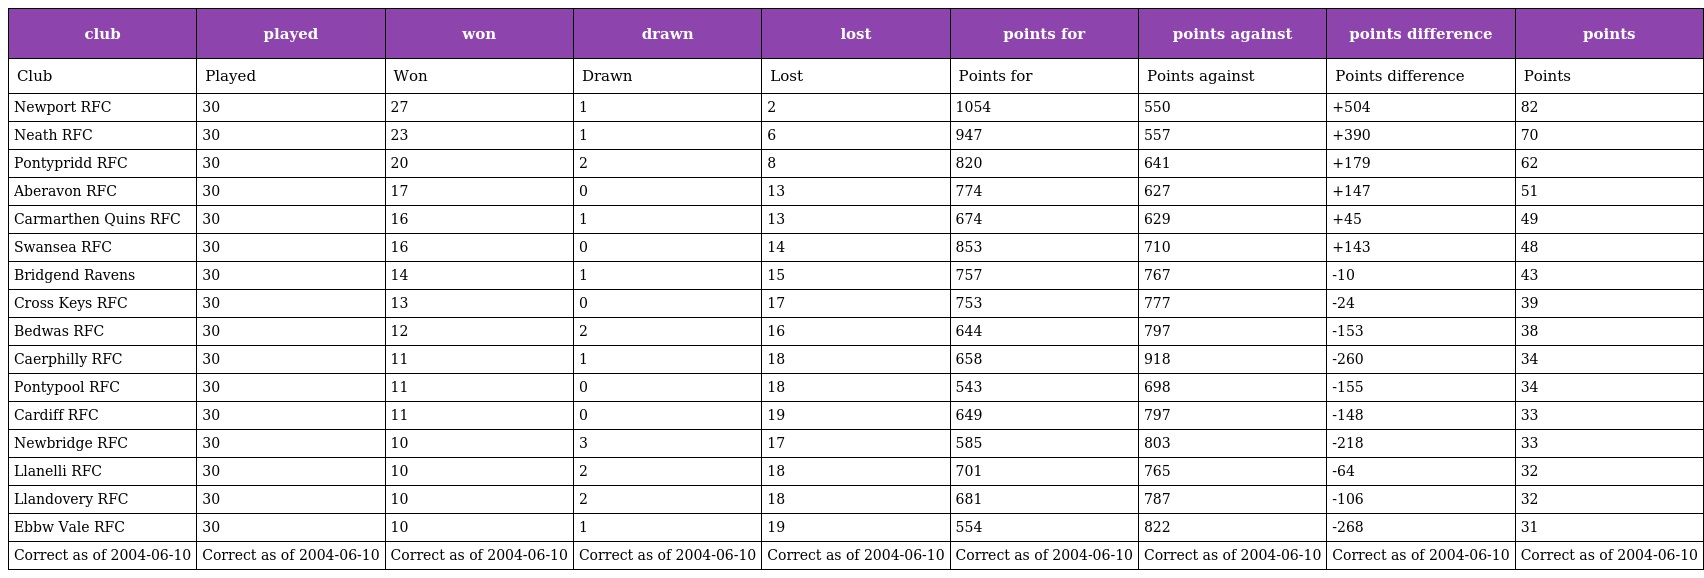
| club | played | won | drawn | lost | points for | points against | points difference | points |
 | --- | --- | --- | --- | --- | --- | --- | --- | --- |
 | Club | Played | Won | Drawn | Lost | Points for | Points against | Points difference | Points |
 | Newport RFC | 30 | 27 | 1 | 2 | 1054 | 550 | +504 | 82 |
 | Neath RFC | 30 | 23 | 1 | 6 | 947 | 557 | +390 | 70 |
 | Pontypridd RFC | 30 | 20 | 2 | 8 | 820 | 641 | +179 | 62 |
 | Aberavon RFC | 30 | 17 | 0 | 13 | 774 | 627 | +147 | 51 |
 | Carmarthen Quins RFC | 30 | 16 | 1 | 13 | 674 | 629 | +45 | 49 |
 | Swansea RFC | 30 | 16 | 0 | 14 | 853 | 710 | +143 | 48 |
 | Bridgend Ravens | 30 | 14 | 1 | 15 | 757 | 767 | -10 | 43 |
 | Cross Keys RFC | 30 | 13 | 0 | 17 | 753 | 777 | -24 | 39 |
 | Bedwas RFC | 30 | 12 | 2 | 16 | 644 | 797 | -153 | 38 |
 | Caerphilly RFC | 30 | 11 | 1 | 18 | 658 | 918 | -260 | 34 |
 | Pontypool RFC | 30 | 11 | 0 | 18 | 543 | 698 | -155 | 34 |
 | Cardiff RFC | 30 | 11 | 0 | 19 | 649 | 797 | -148 | 33 |
 | Newbridge RFC | 30 | 10 | 3 | 17 | 585 | 803 | -218 | 33 |
 | Llanelli RFC | 30 | 10 | 2 | 18 | 701 | 765 | -64 | 32 |
 | Llandovery RFC | 30 | 10 | 2 | 18 | 681 | 787 | -106 | 32 |
 | Ebbw Vale RFC | 30 | 10 | 1 | 19 | 554 | 822 | -268 | 31 |
 | Correct as of 2004-06-10 | Correct as of 2004-06-10 | Correct as of 2004-06-10 | Correct as of 2004-06-10 | Correct as of 2004-06-10 | Correct as of 2004-06-10 | Correct as of 2004-06-10 | Correct as of 2004-06-10 | Correct as of 2004-06-10 |